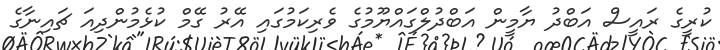
ކުރީގެ ރައީސް އަބްދު ޔާމީން އަބްދުލްގައްޔޫމުގެ ވެރިކަމުގައި އޭރު ގޭމް ކުޅެމުންދިއަ ޗައިނާގެ